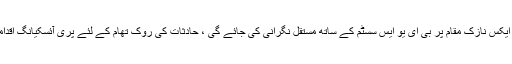
شہر کے ایکس این ایم ایکس نازک مقام پر بی ای یو ایس سسٹم کے ساتھ مستقل نگرانی کی جائے گی ، حادثات کی روک تھام کے لئے پری آئسکیانگ اقدامات اٹھائے جائیں گے۔